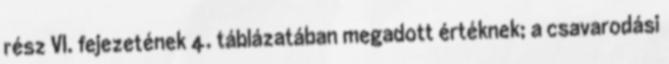
rész VI. fejezetének 4. táblázatában megadott értéknek; a csavarodási